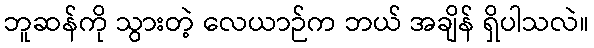
ဘူဆန်ကို သွားတဲ့ လေယာဉ်က ဘယ် အချိန် ရှိပါသလဲ။